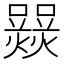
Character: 𤑽